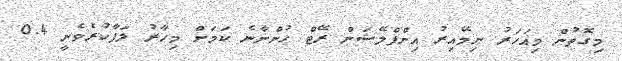
މިގޮތުން މިއަހަރު ނިމޭއިރު އިންފްލޭޝަން ރޭޓް ހުންނާނެ ކަަމަށް މިހާރު ލަފާކުރެވެނީ 0.4